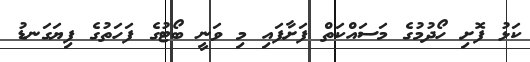
ކަޅު ފޮށި ހޯދުމުގެ މަސައްކަތް ފަށާފައި މި ވަނީ ބޯޓުގެ ފަހަތުގެ ފިޔަގަނޑު